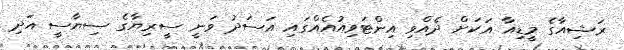
ރަޝިއާގެ މީޑިއާ އަކަށް ދެއްވި އިންޓަވިއުއެއްގައި އަސަދު ވަނީ ސީރިޔާގެ ސިޔާސީ އަދި